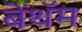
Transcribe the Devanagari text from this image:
बेंथॅम